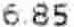
6.85